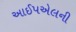
આઈપએલની